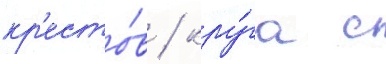
кр'есто́в / кру́га с